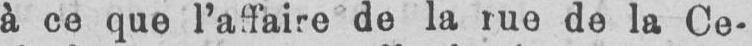
à ce que l’affaire de la rue de la Ce-